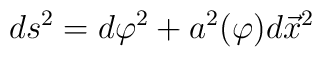
ds^{2}=d\varphi ^{2}+a^{2}(\varphi )d\vec{x}^{2}